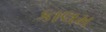
કાલમ